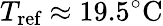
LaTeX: T_{\textrm{ref}}\approx 19.5^{\circ}\textrm{C}